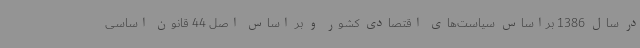
در سال 1386 براساس سیاست‌های اقتصادی کشور و بر اساس اصل 44 قانون اساسی